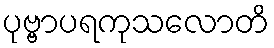
ပုဗ္ဗာပရကုသလောတိ